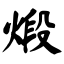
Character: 煅